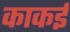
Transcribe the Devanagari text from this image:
काकई